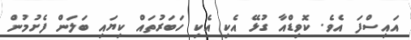
އައިސްފަ އެވެ. ކޮވިޑްއާ ގުޅޭ އެކި އެކި ހަބަރުތައް ކިޔައި ބަލަން ފެށުމުން